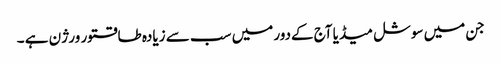
جن میں سوشل میڈیا آج کےدور میں سب سے زیادہ طاقتور ورژن ہے ۔